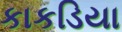
કાકડિયા